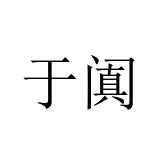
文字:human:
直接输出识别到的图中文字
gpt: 于阗